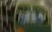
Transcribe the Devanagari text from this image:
१८५५च्या